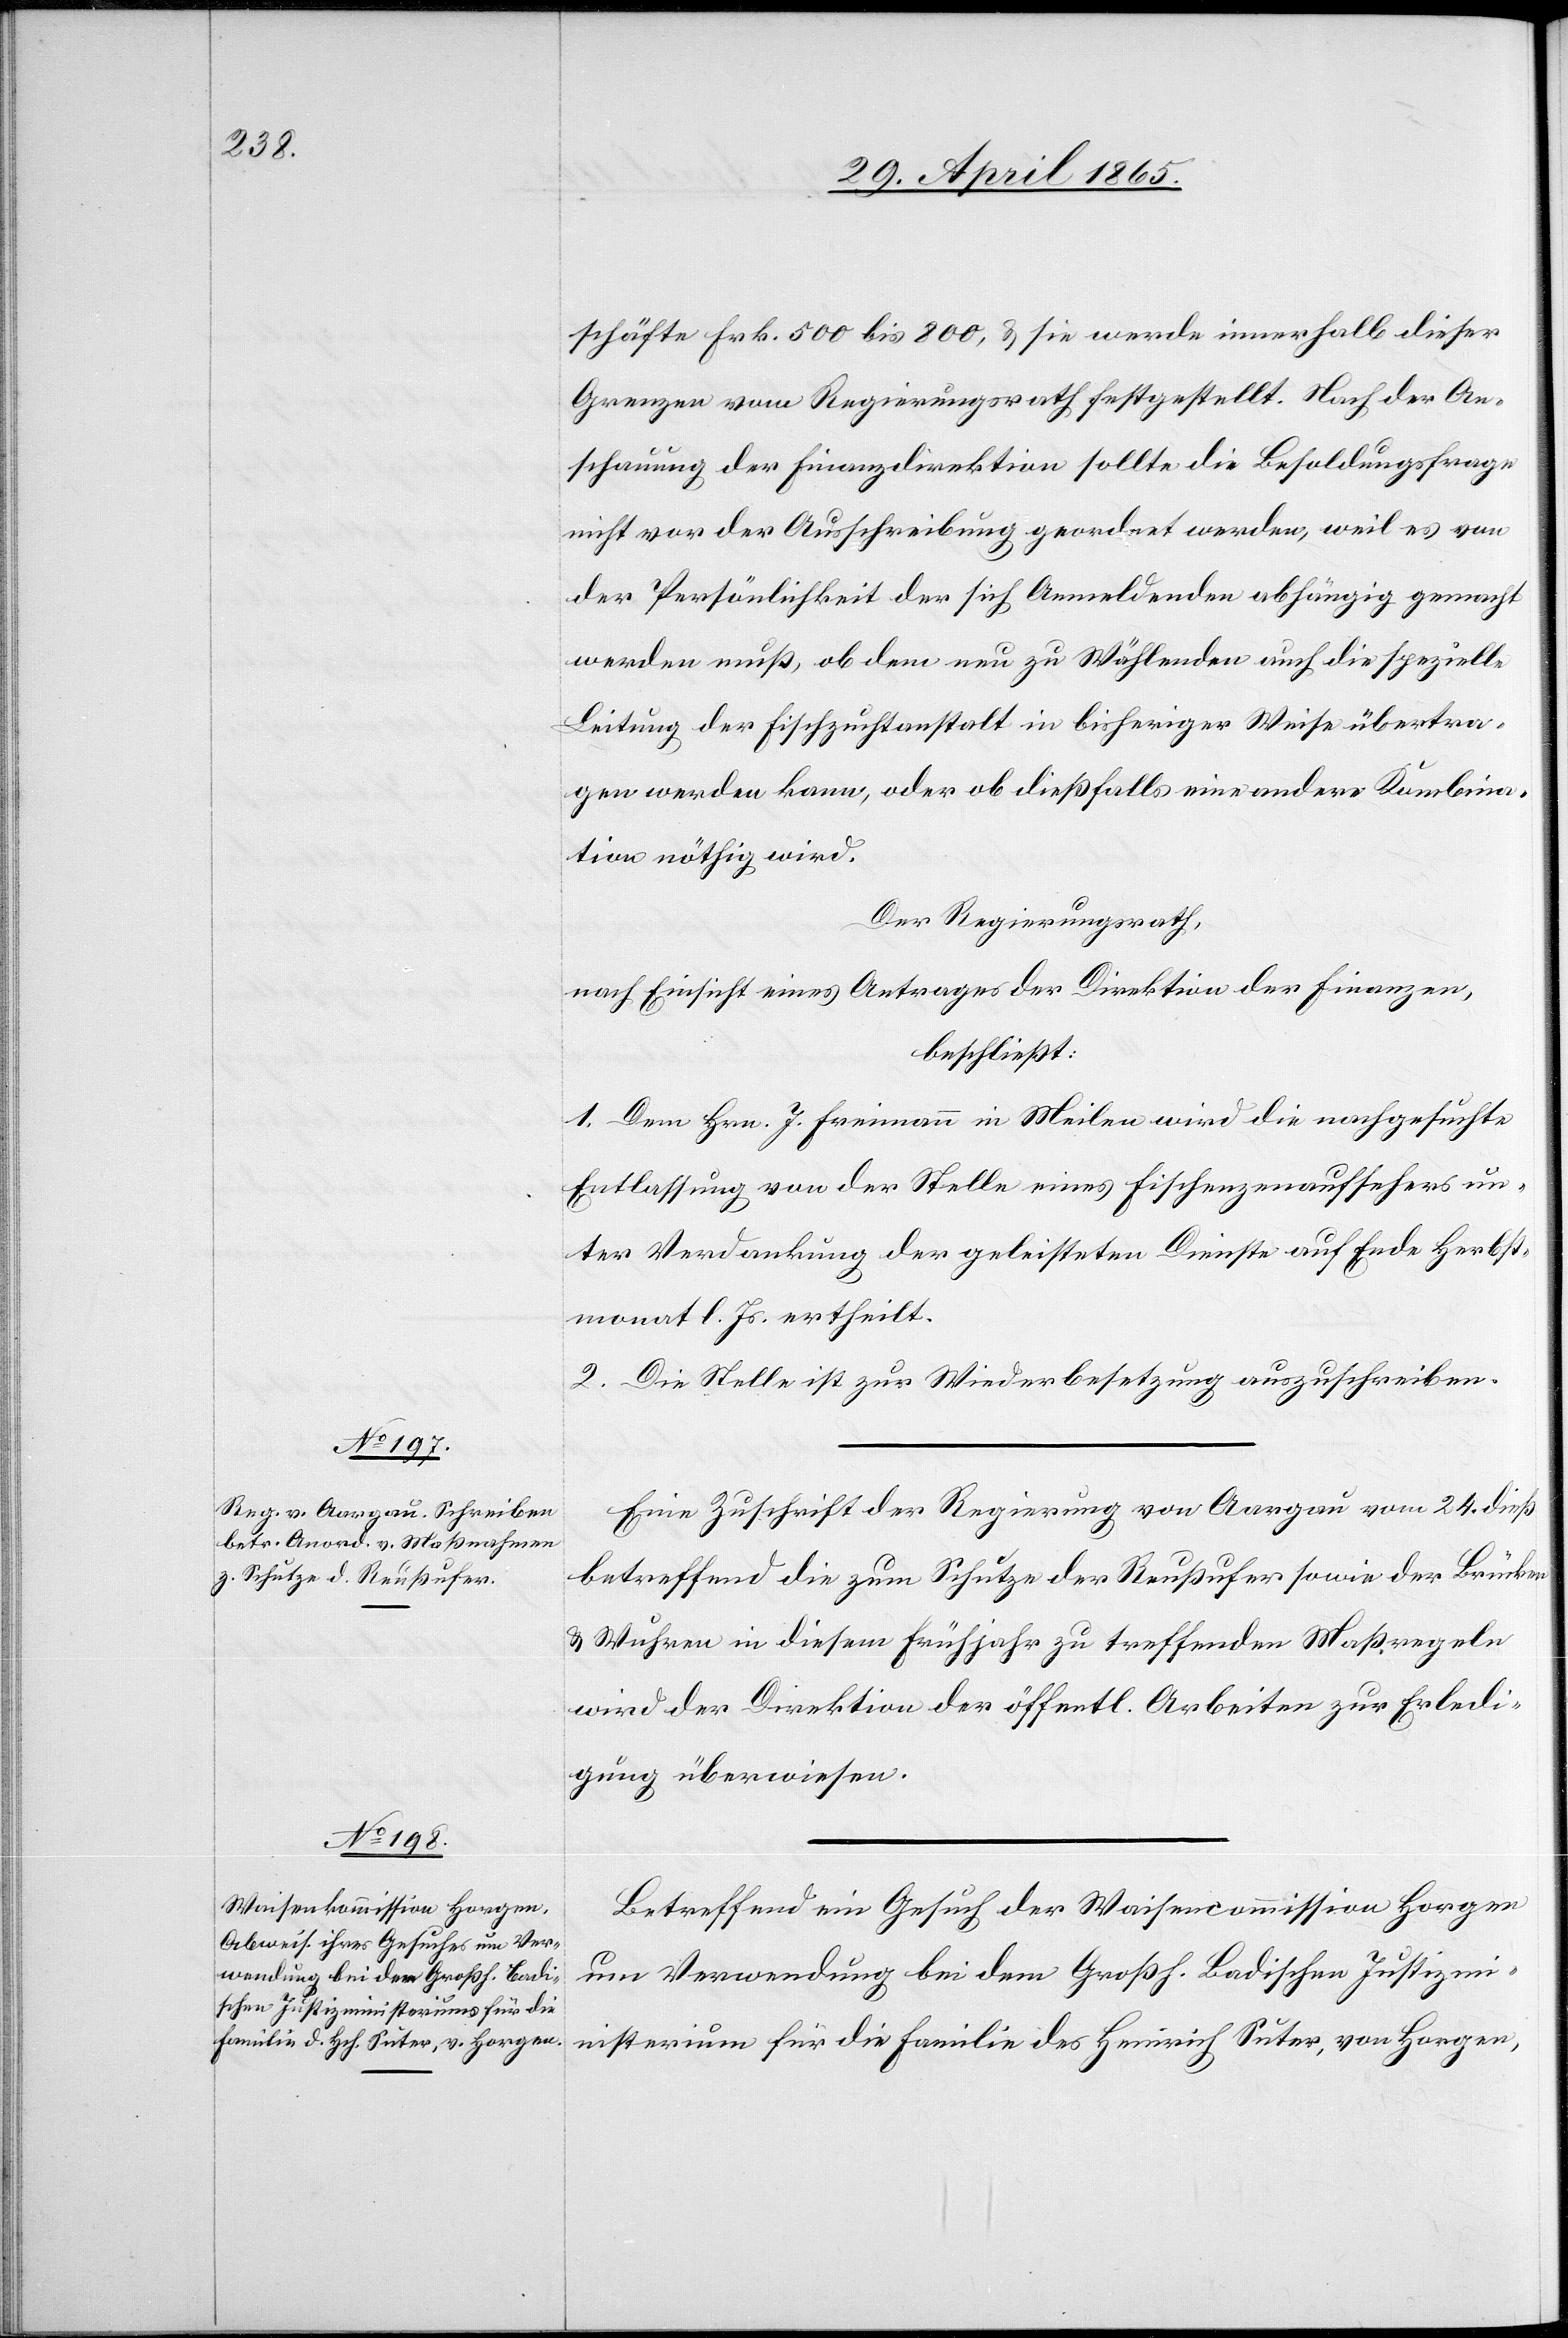
schäfte Frk. 500 bis 800, & sie werde innerhalb dieser
Grenzen vom Regierungsrath festgestellt. Nach der An¬
schauung der Finanzdirektion sollte die Besoldungsfrage
nicht vor der Ausschreibung geordnet werden, weil es von
der Persönlichkeit der sich Anmeldenden abhängig gemacht
werden muß, ob dem neu zu Wählenden auch die spezielle
Leitung der Fischzuchtanstalt in bisheriger Weise übertra¬
gen werden kann, oder ob dießfalls eine andere Kombina¬
tion nöthig wird.
Der Regierungsrath,
nach Einsicht eines Antrages der Direktion der Finanzen,
beschließt:
1. Dem Hrn. J. Freimann in Meilen wird die nachgesuchte
Entlassung von der Stelle eines Fischenzenaufsehers un¬
ter Verdankung der geleisteten Dienste auf Ende Herbst¬
monat l. Js. ertheilt.
2. Die Stelle ist zur Wiederbesetzung auszuschreiben.
Eine Zuschrift der Regierung von Aargau vom 24. dieß
betreffend die zum Schutze der Reußufer sowie der Brücken
& Wuhren in diesem Frühjahr zu treffenden Maßregeln
wird der Direktion der öffentl. Arbeiten zur Erledi¬
gung überwiesen.
Betreffend ein Gesuch der Waisencommission Horgen
um Verwendung bei dem Großh. Badischen Justizmi¬
nisterium für die Familie des Heinrich Suter, von Horgen,